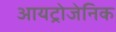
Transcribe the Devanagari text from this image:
आयट्रोजेनिक